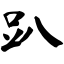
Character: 趴